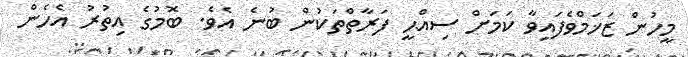
މީހުން ޒަޚަމްވެފައިވާ ކަމަށް ސިއްޙީ ފަރާތްތަކުން ބުނެ އެވެ. ބޮމުގެ އިތުރު އެހެން